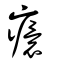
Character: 癏